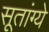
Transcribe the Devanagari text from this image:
सूतांग्ये